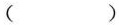
( )